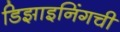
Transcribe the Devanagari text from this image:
डिझाइनिंगची